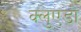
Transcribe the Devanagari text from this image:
क्लुएडो